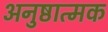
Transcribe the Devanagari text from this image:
अनुष्ठात्मक